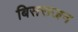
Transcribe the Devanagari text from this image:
बिसराजन